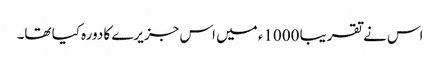
اس نے تقریبا 1000ء میں اس جزیرے کا دورہ کیا تھا۔